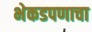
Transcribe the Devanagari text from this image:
भेकडपणाचा